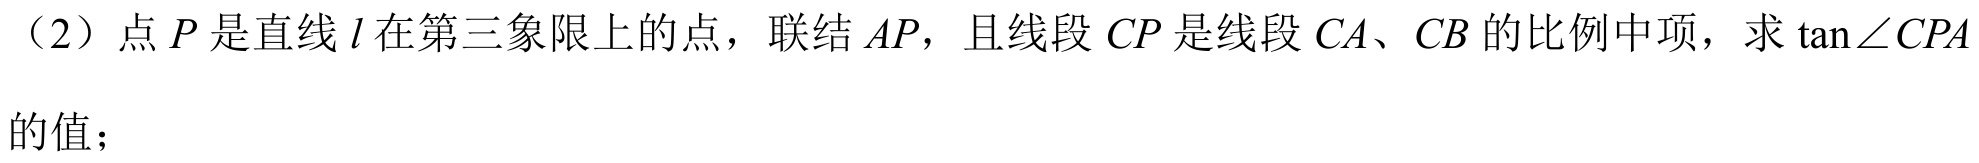
（2）点 \(P\) 是直线 \(l\) 在第三象限上的点，联结 \(AP\)，且线段 \(CP\) 是线段 \(CA\)、\(CB\) 的比例中项，求 \(\tan\angle CPA\)的值；